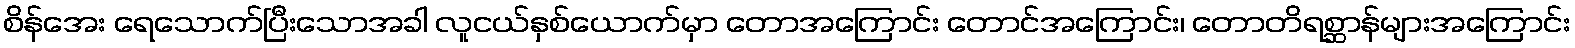
စိန်အေး ရေသောက်ပြီးသောအခါ လူငယ်နှစ်ယောက်မှာ တောအကြောင်း တောင်အကြောင်း၊ တောတိရစ္ဆာန်များအကြောင်း